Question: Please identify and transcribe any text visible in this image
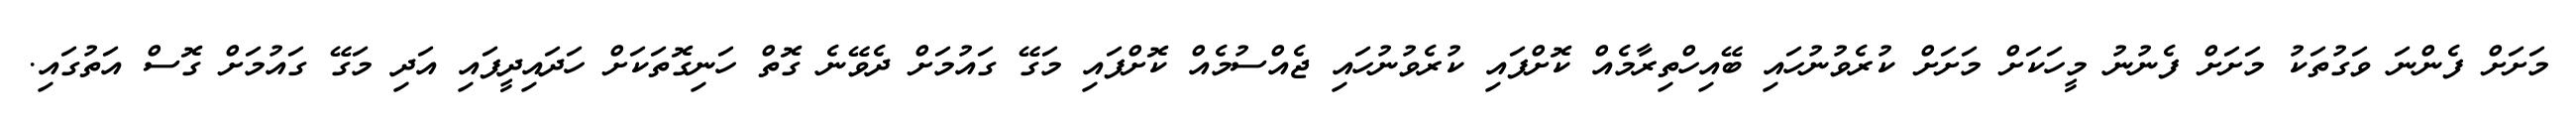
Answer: މަށަށް ފެންނަ ވަގުތަކު މަށަށް ފެނުނު މީހަކަށް މަށަށް ކުރެވުނުހައި ބޭއިހްތިރާމެއް ކޮށްފައި ކުރެވުނުހައި ޖެއްސުމެއް ކޮށްފައި މަގޭ ގައުމަށް ދެވޭނެ ގޮތް ހަނިގޮތަކަށް ހަދައިދީފައި އަދި މަގޭ ގައުމަށް ގޮސް އަތުގައި.